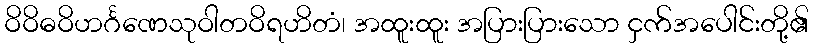
ဝိဝိဓဝိဟင်္ဂဏေသုဝါတဝိရဟိတံ၊ အထူးထူး အပြားပြားသော ငှက်အပေါင်းတို့၏